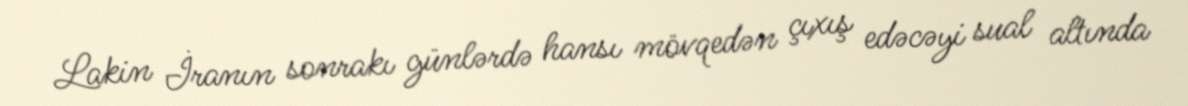
Lakin İranın sonrakı günlərdə hansı mövqedən çıxış edəcəyi sual altında